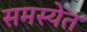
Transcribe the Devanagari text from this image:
समस्येत